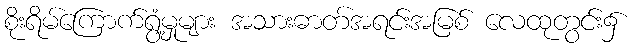
စိုးရိမ်ကြောက်ရွံ့မှုများ အသားဓာတ်အရင်းအမြစ် လေထုတွင်း၌